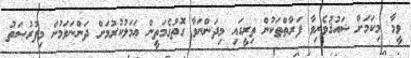
ވީމާ މިކަމަށް ޝައުޤުވެރިވާ ފަރާތްތަކުން ތިރީގައި މިދަންނަވާ ގޮތުގެމަތީން ޢަމަލުކުރުމަށް ދަންނަވަމުން މިފުރުޞަތު